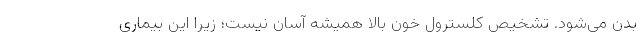
بدن می‌شود. تشخیص کلسترول خون بالا همیشه آسان نیست؛ زیرا این بیماری